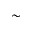
\sim